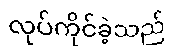
လုပ်ကိုင်ခဲ့သည်